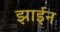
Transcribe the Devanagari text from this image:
झाईन